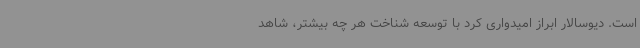
است. دیوسالار ابراز امیدواری کرد با توسعه شناخت هر چه بیشتر، شاهد